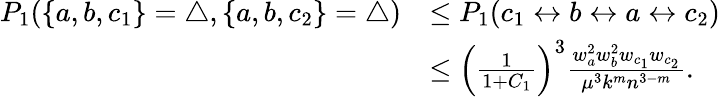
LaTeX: \begin{array}{rl}{P_{1}(\{ a,b,c_{1}\} =\triangle,\{ a,b,c_{2}\} =\triangle)}&{\leq P_{1}(c_{1}\leftrightarrow b\leftrightarrow a\leftrightarrow c_{2})}\\ &{\leq\left(\frac{1}{1+C_{1}}\right)^{3}\frac{w_{a}^{2}w_{b}^{2}w_{c_{1}}w_{c_{2}}}{\mu^{3}k^{m}n^{3-m}}.}\end{array}